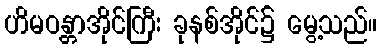
ဟိမဝန္တာအိုင်ကြီး ခုနစ်အိုင်၌ မွေ့သည်။